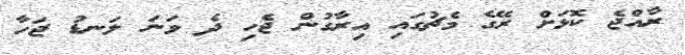
ރާއްޖެ ކޮޅަށް ރޭގެ މެޗުގައި އިރާގުން ޖެހި ދެ ވަނަ ލަނޑު ޖަހާ